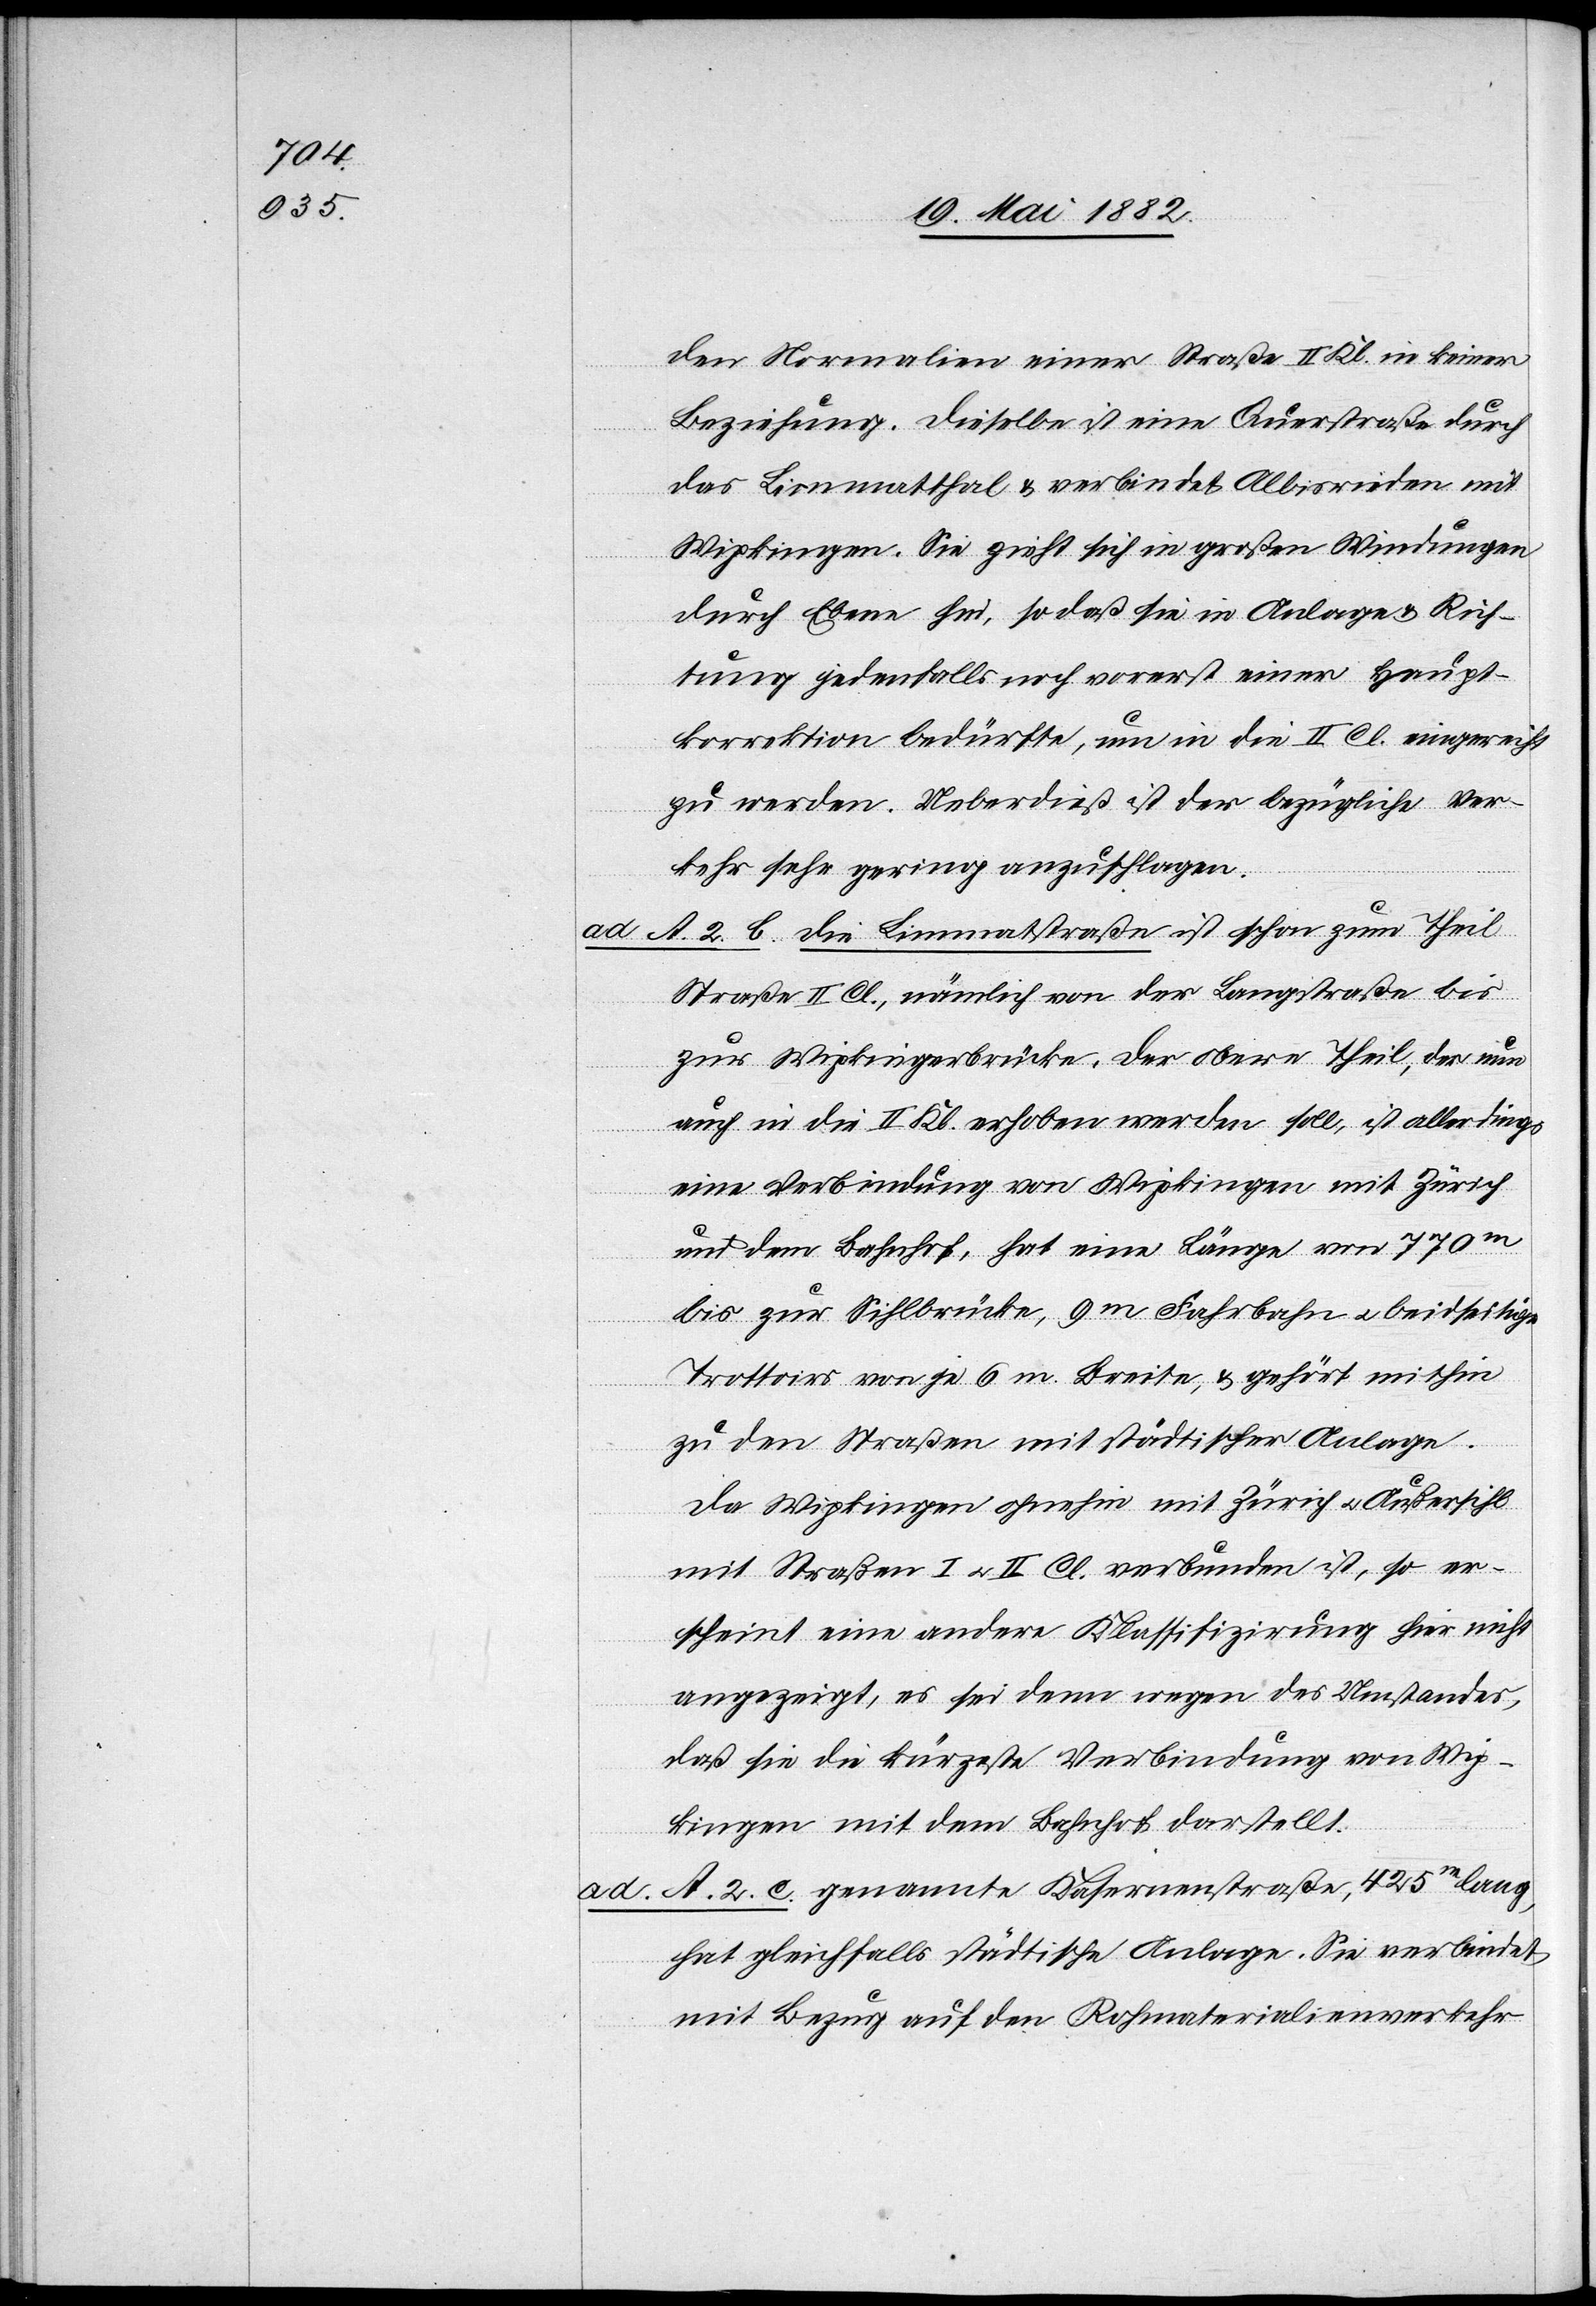
den Normalien einer Straße II. Kl. in keiner
Beziehung. Dieselbe ist eine Querstraße durch
das Limmatthal & verbindet Albisrieden mit
Wipkingen. Sie zieht sich in großen Windungen
durch [die] Ebene hin, so daß sie in Anlage & Rich¬
tung jedenfalls noch vorerst einer Haupt¬
korrektion bedürfte, um in die II. Cl. eingereicht
zu werden. Ueberdieß ist der bezügliche Ver¬
kehr sehr gering anzuschlagen.
ad A. 2. b. Die Limmatstraße ist schon zum Theil
Straße II. Cl., nämlich von der Langstraße bis
zur Wipkingerbrücke. Der obere Theil, der nun
auch in die II. Kl. erhoben werden soll, ist allerdings
eine Verbindung von Wipkingen mit Zürich
und dem Bahnhof, hat eine Länge von 770m
bis zur Sihlbrücke, 9m Fahrbahn u. beidseitige
Trottoirs von je 6m Breite, & gehört mithin
zu den Straßen mit städtischer Anlage.
Da Wipkingen ohnehin mit Zürich u. Außersihl
mit Straßen I u. II. Cl. verbunden ist, so er¬
scheint eine andere Klassifizirung hier nicht
angezeigt, es sei denn wegen des Umstandes,
daß sie die kürzeste Verbindung von Wip¬
kingen mit dem Bahnhof darstellt.
A. 2. c. genannte Kasernenstraße, 425m lang,
hat gleichfalls städtische Anlage. Sie verbindet
mit Bezug auf den Rohmaterialienverkehr